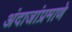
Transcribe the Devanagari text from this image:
अंदाजांप्रमाणे